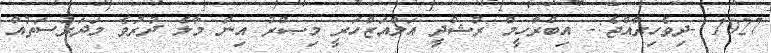
1927 -ދިވެހިރާއްޖެ:- އިބްރާހީމް ރުޝްދީ އަލްއަޒްހަރީ މިޞްރު އިން މާލެ ދުރުވެ މަދަރުސަތުއް